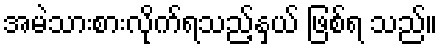
အမဲသားစားလိုက်ရသည့်နှယ် ဖြစ်ရ သည်။